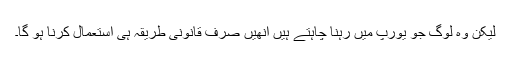
لیکن وہ لوگ جو یورپ میں رہنا چاہتے ہیں انھیں صرف قانونی طریقہ ہی استعمال کرنا ہو گا۔